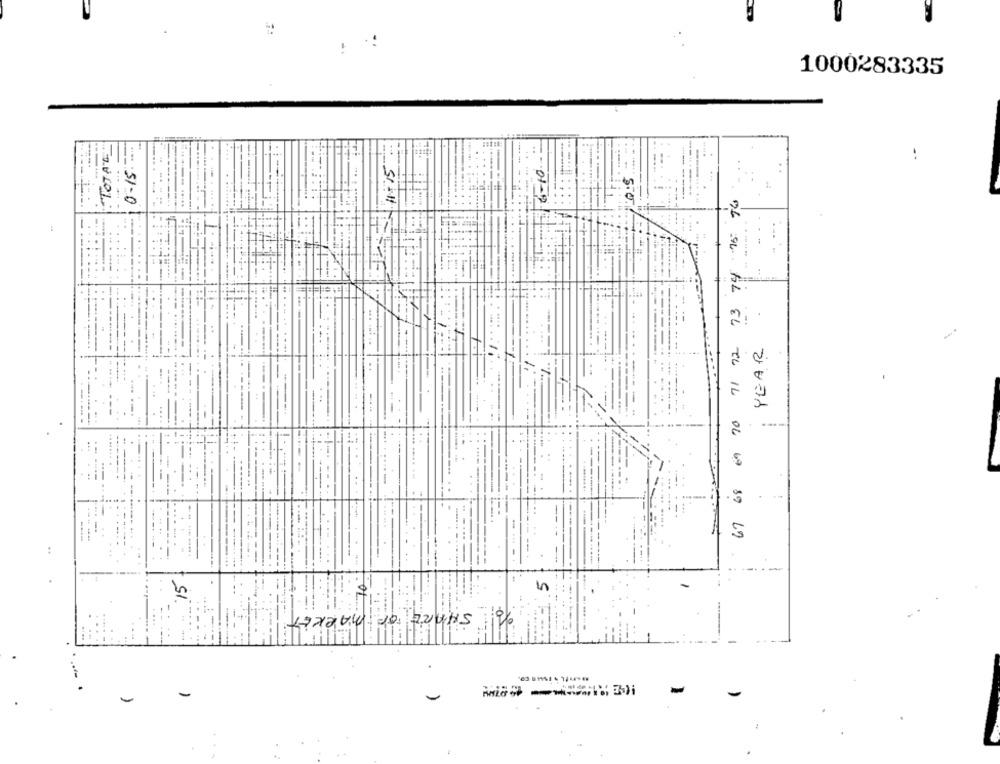
1000283335
TOTALE
---
----
..
---
.........
----
........ .....
01-17
..........
.....
-.
---
:
......
......
......
......
----
----
....--.
..
..
..
1
...
...
--
...
---
YEAR
----
-
---
---
...
---
----
---
----
.... .
...
--
--.
-----
.. .
--....
..----
. ....
......
-----
..
....
----
--
96 04 AL EL TU IL 06 69 89 69
------
.... .
-----.
...
15
--
-
-